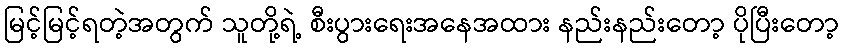
မြင့်မြင့်ရတဲ့အတွက် သူတို့ရဲ့ စီးပွားရေးအနေအထား နည်းနည်းတော့ ပိုပြီးတော့